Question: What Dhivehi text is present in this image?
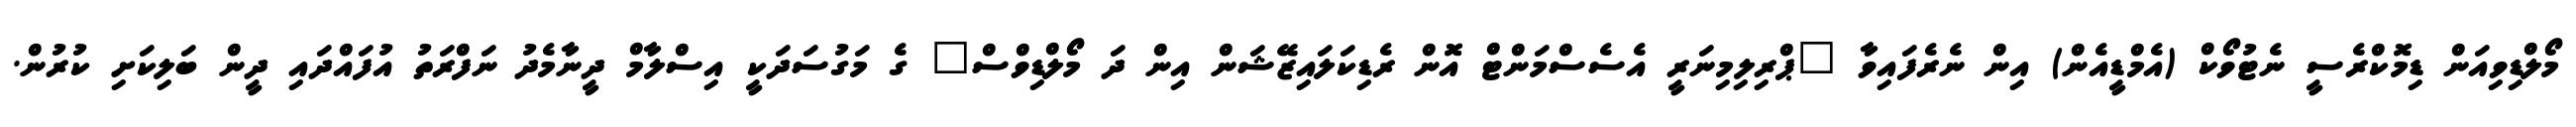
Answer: މޯލްޑިވިއަން ޑިމޮކްރެސީ ނެޓުވޯކް (އެމްޑީއެން) އިން ނެރެފައިވާ "ޕްރިލިމިނަރީ އެސެސްމަންޓް އޮން ރެޑިކަލައިޒޭޝަން އިން ދަ މޯލްޑިވްސް" ގެ މަގުސަދަކީ އިސްލާމް ދީނާމެދު ނަފްރަތު އުފައްދައި ދީން ބަލިކަށި ކުރުން.